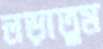
লড়াতুম